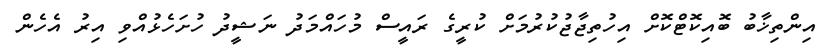
އިންތިޚާބު ބޮއިކޮޓްކޮށް އިހުތިޖާޖުކުރުމަށް ކުރީގެ ރައީސް މުހައްމަދު ނަޝީދު ހުށަހެޅުއްވި އިރު އެހެން